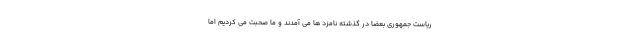
ریاست جمهوری بعضاً در گذشته نامزد ها می آمدند و ما صحبت می کردیم اما